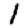
Digit: 1